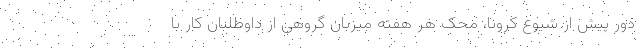
دور پیش از شیوع کرونا، محک هر هفته میزبان گروهی از داوطلبان کار با